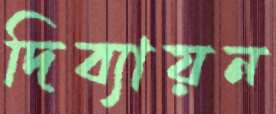
দিব্যায়ন